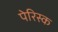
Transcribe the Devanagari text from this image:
पेरिस्क